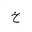
Letter: _kha